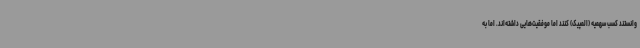
وانستند کسب سهمیه (المپیک) کنند اما موفقیت‌هایی داشته‌اند. اما به